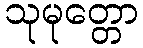
သုမုတ္တော